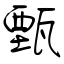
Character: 甄